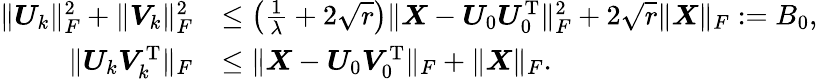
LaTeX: \begin{array}{rl}{\| \boldsymbol{U}_{k}\| _{F}^{2}+\| \boldsymbol{V}_{k}\| _{F}^{2}}&{\leq\left(\frac{1}{\lambda}+2\sqrt{r}\right)\| \boldsymbol{X}-\boldsymbol{U}_{0}\boldsymbol{U}_{0}^{\mathrm{T}}\| _{F}^{2}+2\sqrt{r}\| \boldsymbol{X}\| _{F}:=B_{0},}\\ {\| \boldsymbol{U}_{k}\boldsymbol{V}_{k}^{\mathrm{T}}\| _{F}}&{\leq\| \boldsymbol{X}-\boldsymbol{U}_{0}\boldsymbol{V}_{0}^{\mathrm{T}}\| _{F}+\| \boldsymbol{X}\| _{F}.}\end{array}